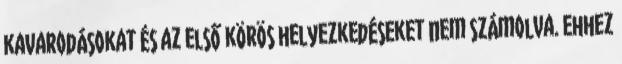
kavarodásokat és az első körös helyezkedéseket nem számolva. Ehhez